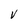
Character: V